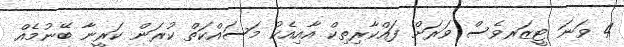
4 ވަނަ ޓީޒަރވެސް ވަރަށް ފައްކާރިތިކް އާއިއެކު މަސައްކަތް ކުރަން ކަރީނާ ބޭނުމެއް